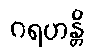
ဂရဟန္တိ